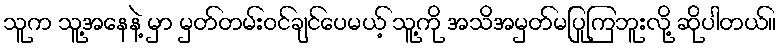
သူက သူ့အနေနဲ့ မှာ မှတ်တမ်းဝင်ချင်ပေမယ့် သူ့ကို အသိအမှတ်မပြုကြဘူးလို့ ဆိုပါတယ်။